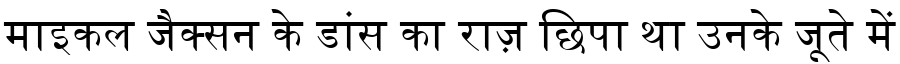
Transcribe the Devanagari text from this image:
माइकल जैक्सन के डांस का राज़ छिपा था उनके जूते में